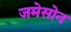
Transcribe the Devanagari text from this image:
जमेसोन